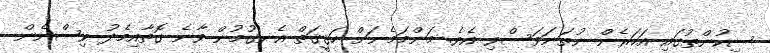
ސިކުންތުގައި އަހަރެން ނުތަނަވަސްވި އެވެ. މަންމަމެނަށް ހަޤީޤަތް އެނގުމުން ވާނެ ގޮތާއިމެދު ވިސްނެން